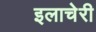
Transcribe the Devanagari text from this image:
इलाचेरी